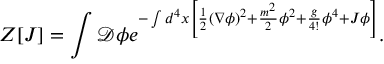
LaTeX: Z [ J ] = \int { \mathcal { D } } \phi e ^ { - \int d ^ { 4 } x \left[ { \frac { 1 } { 2 } } ( \nabla \phi ) ^ { 2 } + { \frac { m ^ { 2 } } { 2 } } \phi ^ { 2 } + { \frac { g } { 4 ! } } \phi ^ { 4 } + J \phi \right] } .